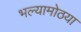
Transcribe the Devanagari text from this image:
भल्यामोठया